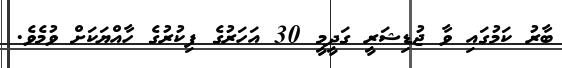
ބާރު ކަމުގައި ވާ ޖުޑިޝަރީ ގަދީމީ 30 އަހަރުގެ ފިކުރުގެ ހާއްޔަކަށް ވުމެވެ.